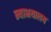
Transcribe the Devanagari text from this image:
न्याभयालय